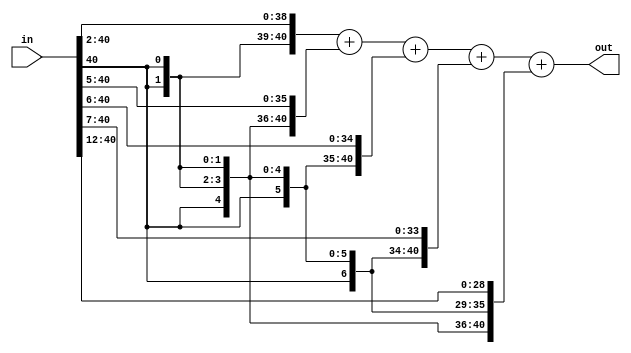
module c3_512(in,out);
input[40:0]in;
output[40:0]out;

wire[40:0]in_1;
wire[40:0]in_2;
wire[40:0]in_3;
wire[40:0]in_4;
wire[40:0]in_5;

assign in_1[40:0]={{2{in[40]}},in[40:2]};//>>2
assign in_2[40:0]={{5{in[40]}},in[40:5]};//>>5
assign in_3[40:0]={{6{in[40]}},in[40:6]};//>>6
assign in_4[40:0]={{7{in[40]}},in[40:7]};//>>7
assign in_5[40:0]={{12{in[40]}},in[40:12]};//>>12


assign  out[40:0]=in_1[40:0]+in_2[40:0]+in_3[40:0]+in_4[40:0]+in_5[40:0];

endmodule